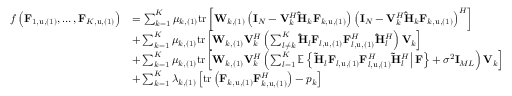
\begin{array} { r l } { f \left( \mathbf { F } _ { 1 , \mathrm { u } , ( 1 ) } , \dots , \mathbf { F } _ { K , \mathrm { u } , ( 1 ) } \right) } & { = \sum _ { k = 1 } ^ { K } { \mu _ { k , ( 1 ) } } \mathrm { t r } \left[ \mathbf { W } _ { k , ( 1 ) } \left( \mathbf { I } _ { N } - \mathbf { V } _ { k } ^ { H } \mathbf { \hat { H } } _ { k } \mathbf { F } _ { k , \mathrm { u } , ( 1 ) } \right) \left( \mathbf { I } _ { N } - \mathbf { V } _ { k } ^ { H } \mathbf { \hat { H } } _ { k } \mathbf { F } _ { k , \mathrm { u } , ( 1 ) } \right) ^ { H } \right] } \\ & { + \sum _ { k = 1 } ^ { K } { \mu _ { k , ( 1 ) } \mathrm { t r } \left[ \mathbf { W } _ { k , ( 1 ) } \mathbf { V } _ { k } ^ { H } \left( \sum _ { l \ne k } ^ { K } { \mathbf { \hat { H } } _ { l } \mathbf { F } _ { l , \mathrm { u } , ( 1 ) } \mathbf { F } _ { l , \mathrm { u } , ( 1 ) } ^ { H } \mathbf { \hat { H } } _ { l } ^ { H } } \right) \mathbf { V } _ { k } \right] } } \\ & { + \sum _ { k = 1 } ^ { K } { \mu _ { k , ( 1 ) } \mathrm { t r } \left[ \mathbf { W } _ { k , ( 1 ) } \mathbf { V } _ { k } ^ { H } \left( \sum _ { l = 1 } ^ { K } { \mathbb { E } \left\{ \left. \mathbf { \tilde { H } } _ { l } \mathbf { F } _ { l , \mathrm { u } , ( 1 ) } \mathbf { F } _ { l , \mathrm { u } , ( 1 ) } ^ { H } \mathbf { \tilde { H } } _ { l } ^ { H } \right| \mathbf { F } \right\} } + \sigma ^ { 2 } \mathbf { I } _ { M L } \right) \mathbf { V } _ { k } \right] } } \\ & { + \sum _ { k = 1 } ^ { K } { \lambda _ { k , ( 1 ) } \left[ \mathrm { t r } \left( \mathbf { F } _ { k , \mathrm { u } , ( 1 ) } \mathbf { F } _ { k , \mathrm { u } , ( 1 ) } ^ { H } \right) - p _ { k } \right] } } \end{array}